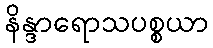
နိန္ဒာရောသပစ္စယာ